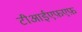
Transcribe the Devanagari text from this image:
टीआईएफ़एफ़